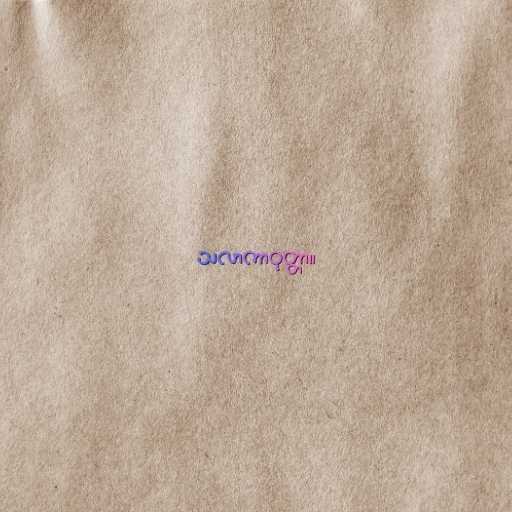
သလာကာဝုတ္တာ။